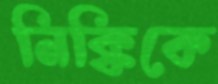
নিক্কিকে